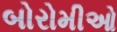
બોરોમીઓ